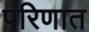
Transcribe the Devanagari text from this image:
परिणात